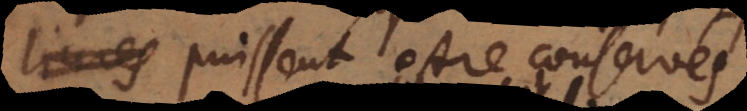
es puissent estre conservés.